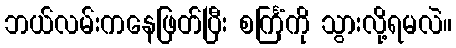
ဘယ်လမ်းကနေဖြတ်ပြီး စင်္ကြံကို သွားလို့ရမလဲ။